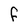
Character: F